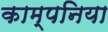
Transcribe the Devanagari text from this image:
काम्पनिया